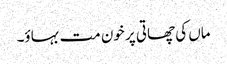
ماں کی چھاتی پر خون مت بہاؤ۔